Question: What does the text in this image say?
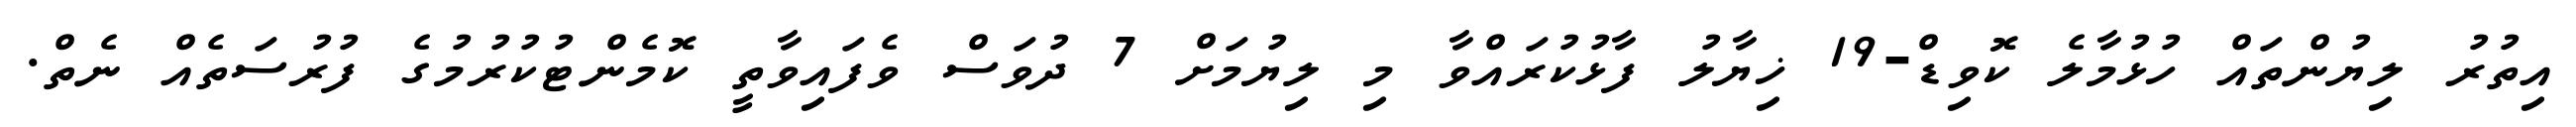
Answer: އިތުރު ލިޔުންތައް ހުޅުމާލެ ކޮވިޑް-19 ޚިޔާލު ފާޅުކުރައްވާ މި ލިޔުމަށް 7 ދުވަސް ވެފައިވާތީ ކޮމެންޓުކުރުމުގެ ފުރުސަތެއް ނެތް.